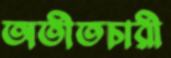
অতীতচারী